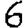
Digit: 6